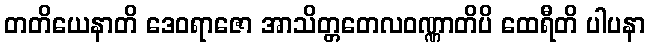
တတိယေနာတိ ဒေဝရာဇော အာသိတ္တတေလဝဏ္ဏာတိပိ ထေရီတိ ပါပနာ